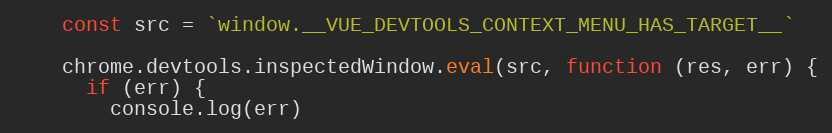
Language: JavaScript
    const src = `window.__VUE_DEVTOOLS_CONTEXT_MENU_HAS_TARGET__`

    chrome.devtools.inspectedWindow.eval(src, function (res, err) {
      if (err) {
        console.log(err)